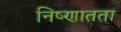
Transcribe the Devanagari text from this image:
निष्णातता